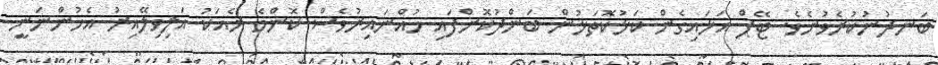
ބަނދުނުކުރެވުނެވެ. ޓޭޕް އަޅައިގެން ކަޅުކޮތަޅުން ބަންދުކޮށްފައި ހުއްނައިރުވެސް ކޮންމެ ރެއަކު އަލިވިލޭއިރު އެހުންނަނީ